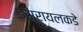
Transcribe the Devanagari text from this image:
इस्रायलकडे